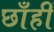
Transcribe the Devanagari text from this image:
छाँहीं